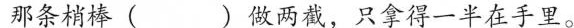
那条梢棒()做两截，只拿得一半在手里。